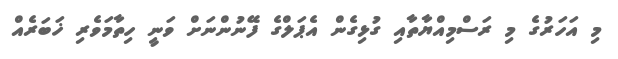
މި އަހަރުގެ މި ރަސްމިއްޔާތާއި ގުޅިގެން އެޕަލްގެ ފޭނުންނަށް ވަނީ ހިތާމަވެރި ޚަބަރެއް